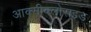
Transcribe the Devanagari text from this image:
आक्सीक्लोराइड